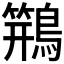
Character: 𱈸